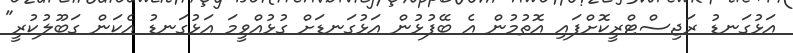
އަޅުގަނޑު ރަޖިސްޓްރީކޮށްފައި އޮތުމުން އެ ބޭފުޅުން އަޅުގަނޑަށް ގުޅުއްވީމަ އަޅުގަނޑު އެކަން ގަބޫލުކުރީ"